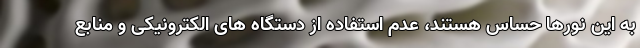
به این نورها حساس هستند، عدم استفاده از دستگاه های الکترونیکی و منابع